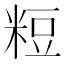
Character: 𥺉